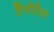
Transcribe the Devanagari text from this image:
टेंपोरेल